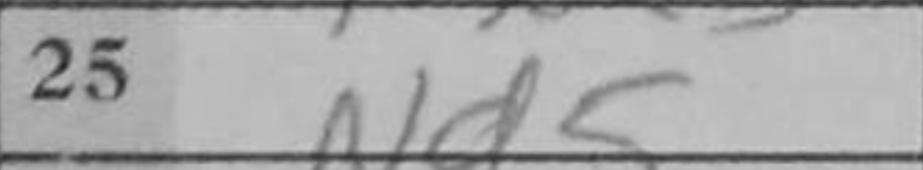
Transcription: Nd5